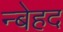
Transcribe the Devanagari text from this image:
न्बेहद